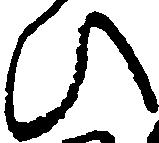
ひ